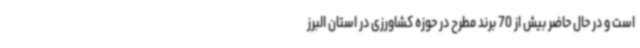
است و در حال حاضر بیش از 70 برند مطرح در حوزه کشاورزی در استان البرز